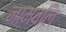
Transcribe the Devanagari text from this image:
नामवलि